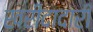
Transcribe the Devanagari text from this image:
खरीदादारी